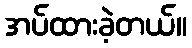
အပ်ထားခဲ့တယ်။